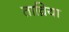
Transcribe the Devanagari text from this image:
ताव्रिया